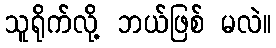
သူရိုက်လို့ ဘယ်ဖြစ် မလဲ။